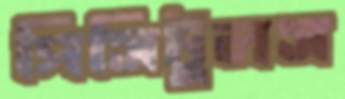
পিসিটুলস